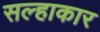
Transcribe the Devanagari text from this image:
सल्हाकार